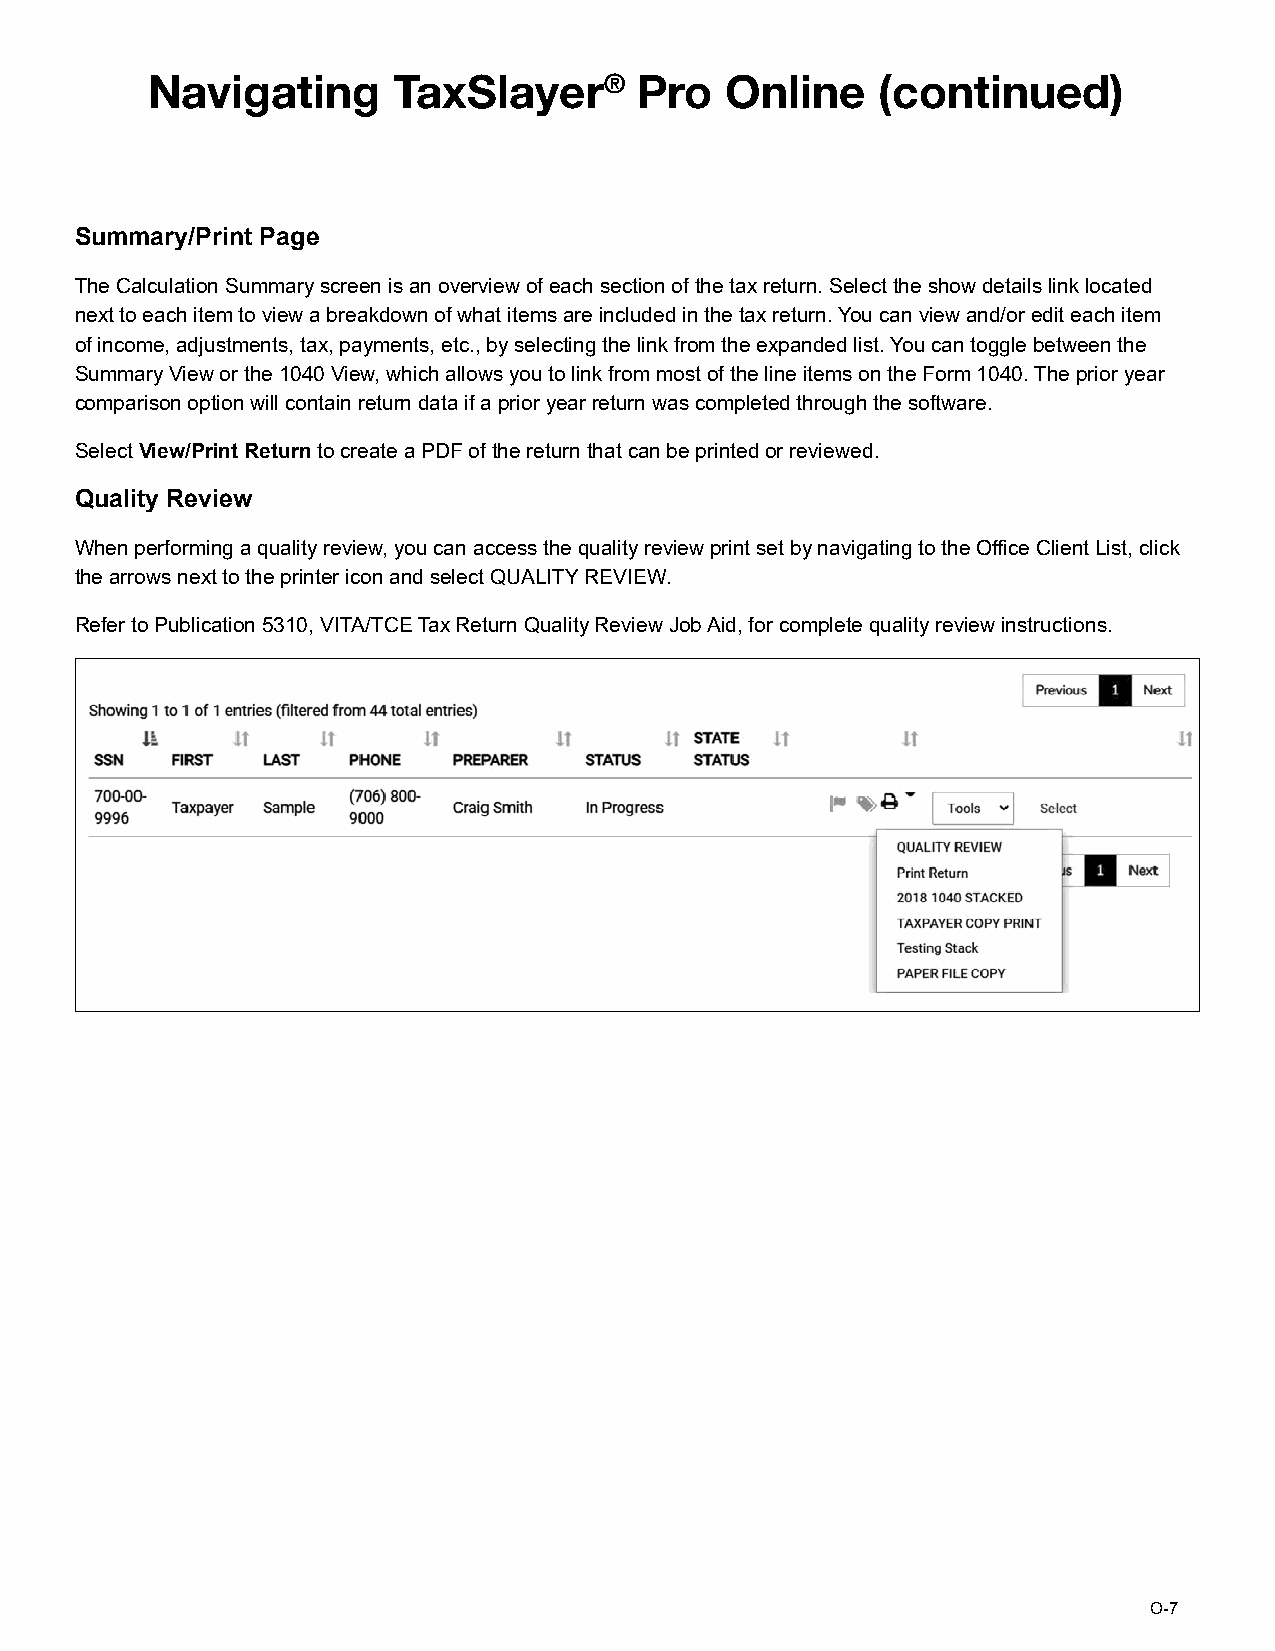
Navigating      TaxSlayer®      Pro   Online    (continued)
 Summary/Print Page
 The Calculation Summary screen is an overview of each section of the tax return. Select the show details link located
 next to each item to view a breakdown of what items are included in the tax return. You can view and/or edit each item
 of income, adjustments, tax, payments, etc., by selecting the link from the expanded list. You can toggle between the
 Summary View or the 1040 View, which allows you to link from most of the line items on the Form 1040. The prior year
 comparison option will contain return data if a prior year return was completed through the software.
 Select View/Print Return to create a PDF of the return that can be printed or reviewed.
 Quality Review
 When performing a quality review, you can access the quality review print set by navigating to the Office Client List, click
 the arrows next to the printer icon and select QUALITY REVIEW.
 Refer to Publication 5310, VITA/TCE Tax Return Quality Review Job Aid, for complete quality review instructions.
 O-7